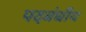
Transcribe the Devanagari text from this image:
पदबंधीय